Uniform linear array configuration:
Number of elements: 48
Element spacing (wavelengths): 0.75
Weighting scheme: binomial
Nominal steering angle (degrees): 30
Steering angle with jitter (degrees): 28.754
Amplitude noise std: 0.05
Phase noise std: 0.05

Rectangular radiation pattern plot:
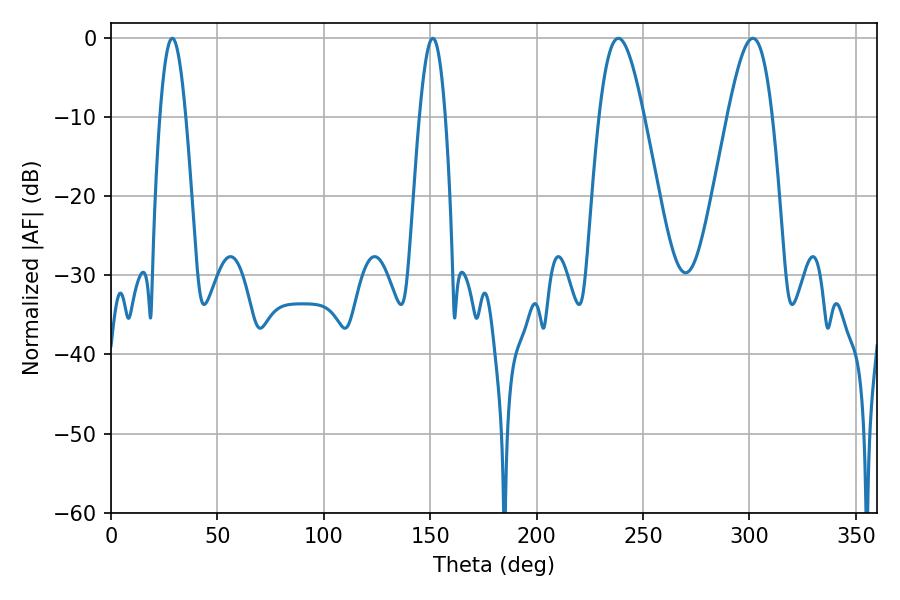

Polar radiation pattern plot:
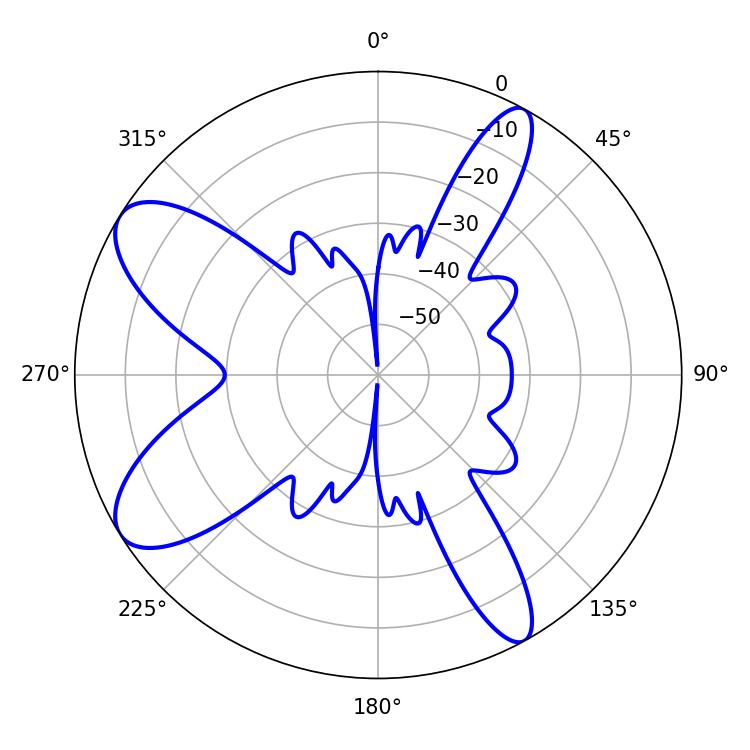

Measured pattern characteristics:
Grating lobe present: TRUE
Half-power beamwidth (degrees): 6.66
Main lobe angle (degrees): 28.8